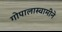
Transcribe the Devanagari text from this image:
गोपालास्वामीने